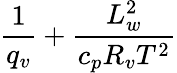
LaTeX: \frac{1}{q_{v}}+\frac{L_{w}^{2}}{c_{p}R_{v}T^{2}}